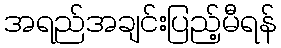
အရည်အချင်းပြည့်မီရန်